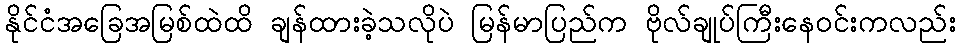
နိုင်ငံအခြေအမြစ်ထဲထိ ချန်ထားခဲ့သလိုပဲ မြန်မာပြည်က ဗိုလ်ချုပ်ကြီးနေဝင်းကလည်း